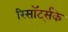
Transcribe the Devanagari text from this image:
रिसॉर्ट्सके